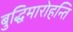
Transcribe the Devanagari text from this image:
बुद्धिमारोहन्ति